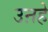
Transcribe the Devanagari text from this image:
उऩहे